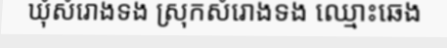
ឃុំសំរោងទង ស្រុកសំរោងទង ឈ្មោះឆេង